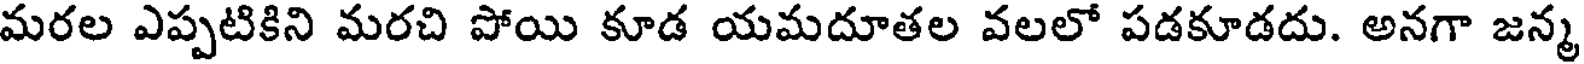
మరల ఎప్పటికిని మరచి పోయి కూడ యమదూతల వలలో పడకూడదు. అనగా జన్మ